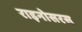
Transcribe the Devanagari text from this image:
राइनोसरस